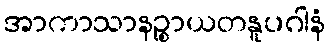
အာကာသာနဉ္စာယတနူပဂါနံ